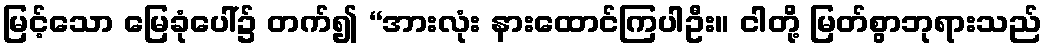
မြင့်သော မြေခုံပေါ်၌ တက်၍ “အားလုံး နားထောင်ကြပါဦး။ ငါတို့ မြတ်စွာဘုရားသည်